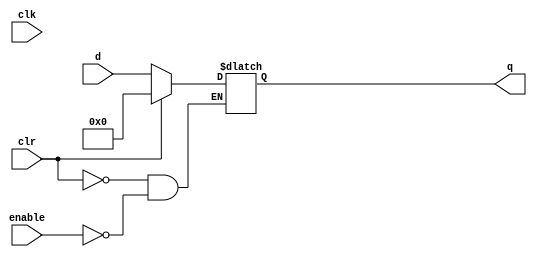
module register #(parameter qInit = 0)(input clr, clk, enable, input[31:0] d, output reg [31:0] q);
	initial 
		q<= qInit;
	 
	always @(*) begin
		if(clr)
			q <= 32'h00000000;
		else if(enable)
			q <= d;
	end

endmodule